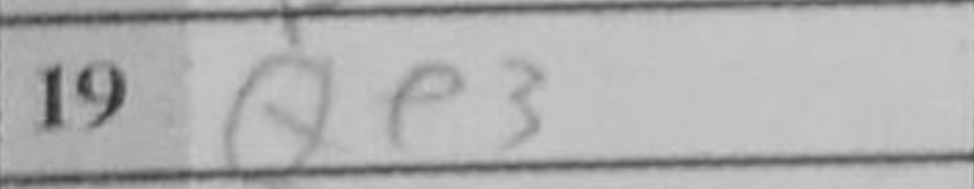
Transcription: Qe3